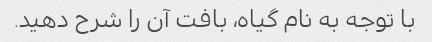
با توجه به نام گیاه، بافت آن را شرح دهید.